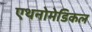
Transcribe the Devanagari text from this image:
एथनोमेडिकल